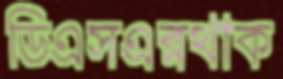
ডিএসএরথাক